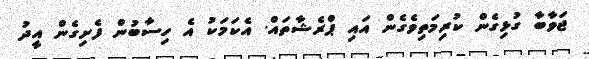
ޖަވާބާ ގުޅިގެން ކުރިމަތިވެގެން އައި ޕްރެޝާތައް. އެކަމަކު އެ ހިސާބުން ފެށިގެން އީދު